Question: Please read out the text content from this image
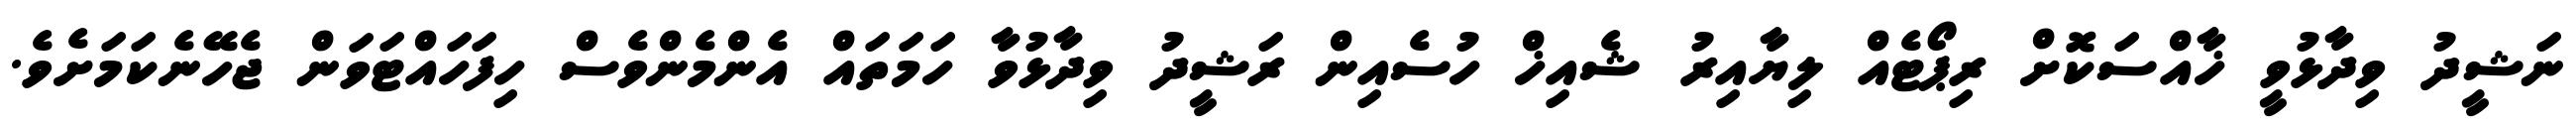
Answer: ނަޝީދު ވިދާޅުވީ ޚާއްސަކޮށް ރިޕޯޓެއް ލިޔާއިރު ޝެއިޚް ހުސެއިން ރަޝީދު ވިދާޅުވާ ހަމަތައް އެންމެންވެސް ހިފަހައްޓަވަން ޖެހޭނެކަމަށެވެ.